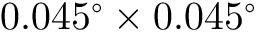
0 . 0 4 5 ^ { \circ } \times 0 . 0 4 5 ^ { \circ }